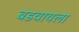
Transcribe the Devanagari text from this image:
बडवायला